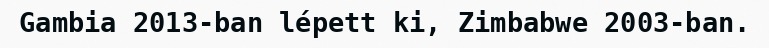
Gambia 2013-ban lépett ki, Zimbabwe 2003-ban.